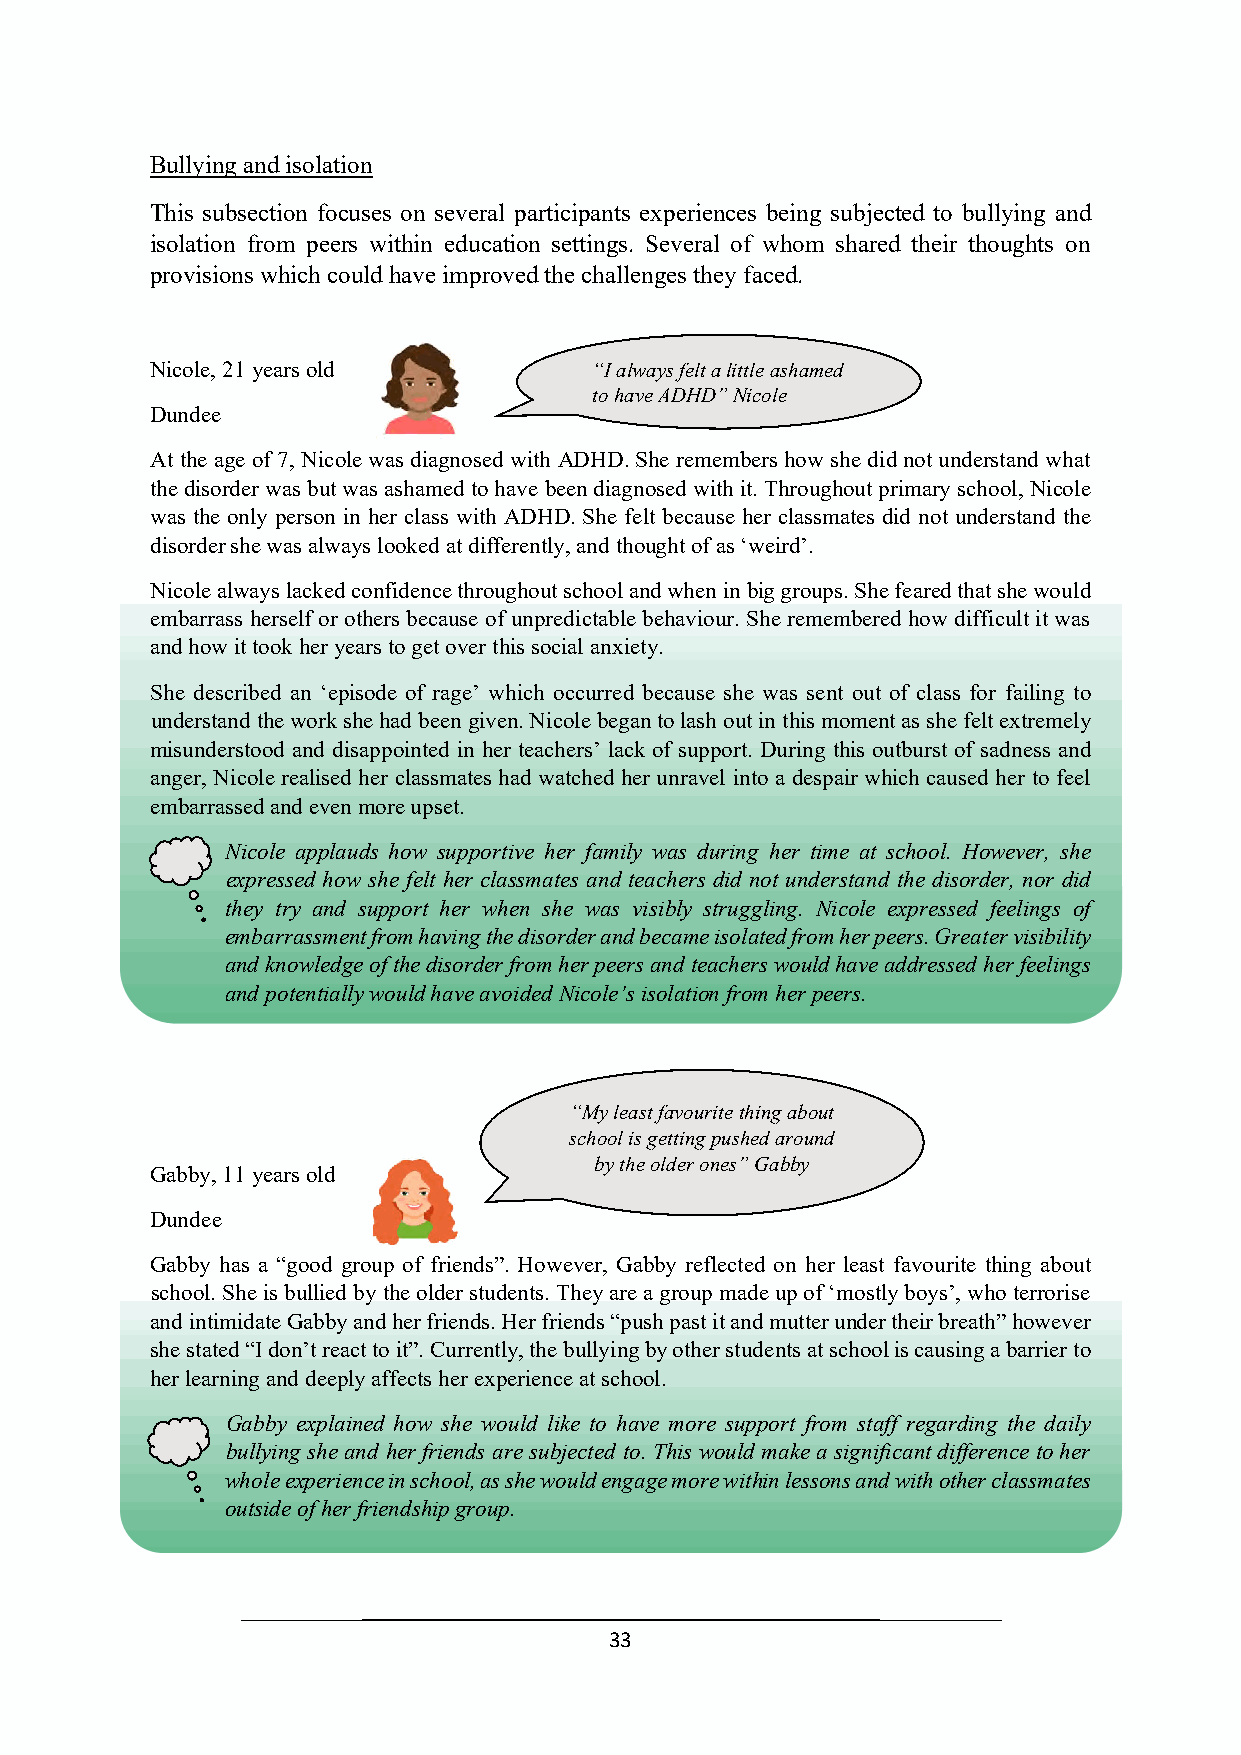
Bullying and isolation
 This subsection focuses on several participants experiences being subjected to bullying and
 isolation from peers within education settings. Several of whom shared their thoughts on
 provisions which could have improved the challenges they faced.
 Nicole, 21 years old         “I always felt a little ashamed
 to have ADHD” Nicole
 Dundee
 At the age of 7, Nicole was diagnosed with ADHD. She remembers how she did not understand what
 the disorder was but was ashamed to have been diagnosed with it. Throughout primary school, Nicole
 was the only person in her class with ADHD. She felt because her classmates did not understand the
 “I always felt a little ashamed
 disorder she was always looked at differently, and thought of as ‘weird’.
 to have ADHD” Nicole
 Nicole always lacked confidence throughout school and when in big groups. She feared that she would
 embarrass herself or others because of unpredictable behaviour. She remembered how difficult it was
 and how it took her years to get over this social anxiety.
 She described an ‘episode of rage’ which occurred because she was sent out of class for failing to
 understand the work she had been given. Nicole began to lash out in this moment as she felt extremely
 misunderstood and disappointed in her teachers’ lack of support. During this outburst of sadness and
 anger, Nicole realised her classmates had watched her unravel into a despair which caused her to feel
 embarrassed and even more upset.
 Nicole applauds how supportive her family was during her time at school. However, she
 expressed how she felt her classmates and teachers did not understand the disorder, nor did
 they try and support her when she was visibly struggling. Nicole expressed feelings of
 embarrassment from having the disorder and became isolated from her peers. Greater visibility
 and knowledge of the disorder from her peers and teachers would have addressed her feelings
 and potentially would have avoided Nicole’s isolation from her peers.
 “My least favourite thing about
 school is getting pushed around
 by the older ones” Gabby
 Gabby, 11 years old
 Dundee
 Gabby has a “good group of friends”. However, Gabby reflected on her least favourite thing about
 school. She is bullied by the older students. T“hMeyy alerea sat fgarvoouupri tme athdien gu apb oofu t‘ mostly boys’, who terrorise
 and intimidate Gabby and her friends. Her friesncdhso o“lp ius sghe tptiansgt pitu ashnedd m aruotutenrd u nder their breath” however
 she stated “I don’t react to it”. Currently, the bullbyyi nthge boyld oetrh oenre sst”u dGeanbtbsy a t school is causing a barrier to
 her learning and deeply affects her experience at school.
 Gabby explained how she would like to have more support from staff regarding the daily
 bullying she and her friends are subjected to. This would make a significant difference to her
 whole experience in school, as she would engage more within lessons and with other classmates
 outside of her friendship group.
 33